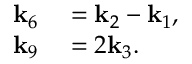
\begin{array} { r l } { \mathbf { k } _ { 6 } } & { { } = \mathbf { k } _ { 2 } - \mathbf { k } _ { 1 } , } \\ { \mathbf { k } _ { 9 } } & { { } = 2 \mathbf { k } _ { 3 } . } \end{array}